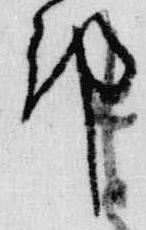
邦